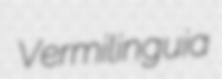
Vermilinguia